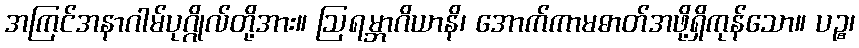
အကြင်အနာဂါမ်ပုဂ္ဂိုလ်တို့အား။ ဩရမ္ဘာဂိယာနိ၊ အောက်ကာမဓာတ်အဖို့ရှိကုန်သော။ ပဉ္စ၊